Civil Veterinary Department Bengal reports 1933-51 - 1933-1951
Year: 1933
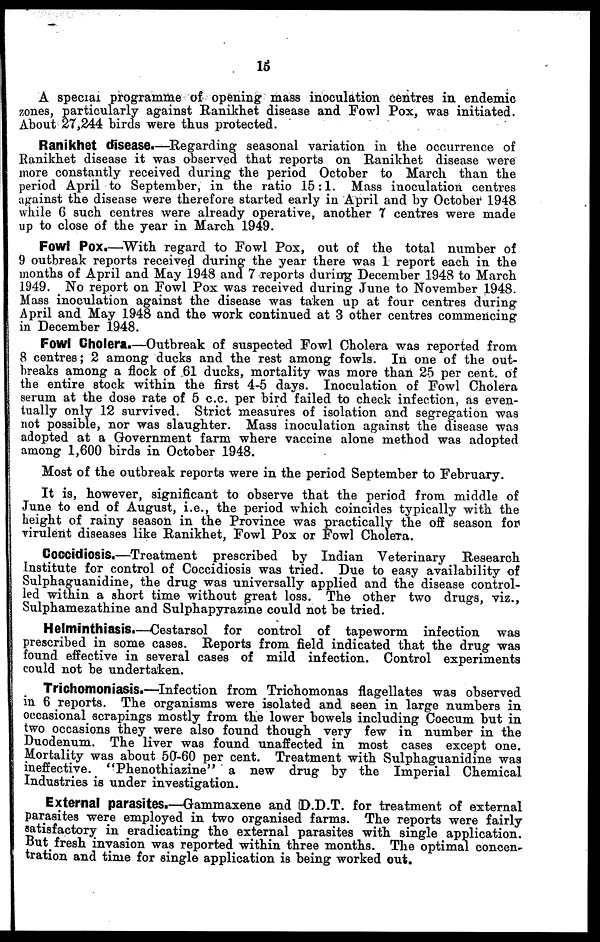
15
A special programme of opening mass inoculation centres in endemic
zones, particularly against Ranikhet disease and Fowl Pox, was initiated.
About 27,244 birds were thus protected.
Ranikhet disease.—Regarding seasonal variation in the occurrence of
Ranikhet disease it was observed that reports on Ranikhet disease were
more constantly received during the period October to March than the
period April to September, in the ratio 15:1. Mass inoculation centres
against the disease were therefore started early in April and by October 1948
while 6 such centres were already operative, another 7 centres were made
up to close of the year in March 1949.
Fowl Pox.—With regard to Fowl Pox, out of the total number of
9 outbreak reports received during the year there was 1 report each in the
months of April and May 1948 and 7 reports during December 1948 to March
1949. No report on Fowl Pox was received during June to November 1948.
Mass inoculation against the disease was taken up at four centres during
April and May 1948 and the work continued at 3 other centres commencing
in December 1948.
Fowl Cholera.—Outbreak of suspected Fowl Cholera was reported from
8 centres; 2 among ducks and the rest among fowls. In one of the out-
breaks among a flock of 61 ducks, mortality was more than 25 per cent. of
the entire stock within the first 4-5 days. Inoculation of Fowl Cholera
serum at the dose rate of 5 c.c. per bird failed to check infection, as even-
tually only 12 survived. Strict measures of isolation and segregation was
not possible, nor was slaughter. Mass inoculation against the disease was
adopted at a Government farm where vaccine alone method was adopted
among 1,600 birds in October 1948.
Most of the outbreak reports were in the period September to February.
It is, however, significant to observe that the period from middle of
June to end of August, i.e., the period which coincides typically with the
height of rainy season in the Province was practically the off season for
virulent diseases like Ranikhet, Fowl Pox or Fowl Cholera.
Coccidiosis.—Treatment prescribed by Indian Veterinary Research
Institute for control of Coccidiosis was tried. Due to easy availability of
Sulphaguanidine, the drug was universally applied and the disease control-
led within a short time without great loss. The other two drugs, viz.,
Sulphamezathine and Sulphapyrazine could not be tried.
Helminthiasis.—Cestarsol for control of tapeworm infection
was
prescribed in some cases. Reports from field indicated that the drug was
found effective in several cases of mild infection. Control experiments
could not be undertaken.
Trichomoniasis.—Infection from Trichomonas flagellates was observed
in 6 reports. The organisms were isolated and seen in large numbers in
occasional scrapings mostly from the lower bowels including Coecum but in
two occasions they were also found though very few in number in the
Duodenum. The liver was found unaffected in most cases except one.
Mortality was about 50-60 per cent. Treatment with Sulphaguanidine was
ineffective. "Phenothiazine" a new drug by the Imperial Chemical
Industries is under investigation.
External parasites.—Gammaxene and D.D.T. for treatment of external
parasites were employed in two organised farms. The reports were fairly
satisfactory in eradicating the external parasites with single application.
But fresh invasion was reported within three months. The optimal concen-
tration and time for single application is being worked out.